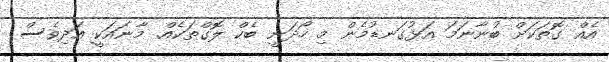
އެއް ގޮތަކަށް ބުނާނަމަ އަޅުގަނޑުމެން މި ހޯދަނީ ބެކް ލޮގްތަކެއް. މާނައަކީ އަދިވެސް